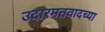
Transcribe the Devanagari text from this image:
उदारमतवादच्या